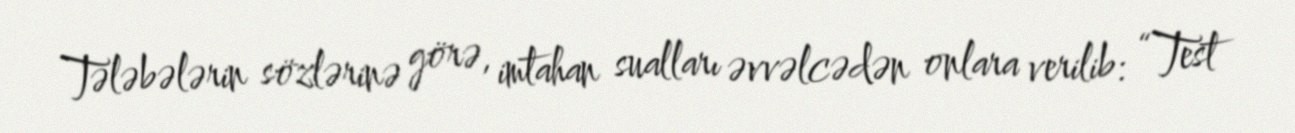
Tələbələrin sözlərinə görə, imtahan sualları əvvəlcədən onlara verilib: “Test